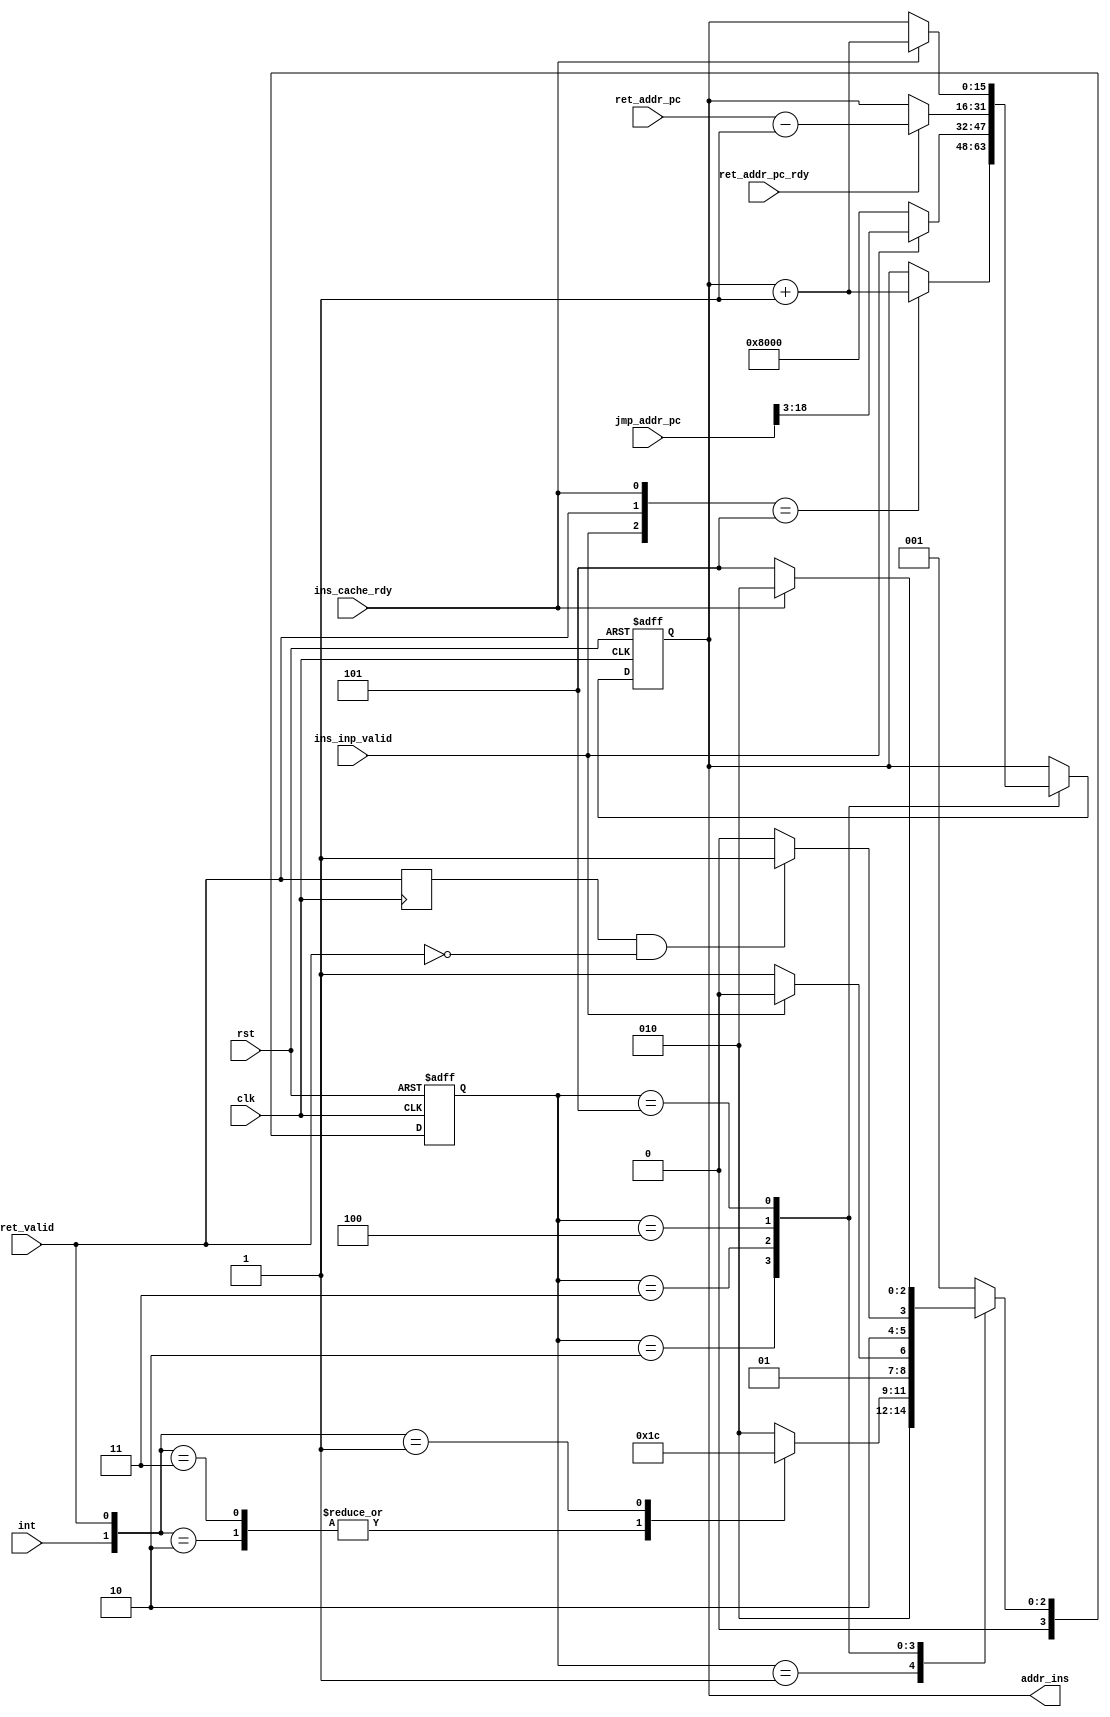
module program_counter
#(
    parameter ADDR_WIDTH_MEM    = 16,
    parameter ISA_DEPTH         = 64,
    parameter TOTAL_ISA_DEPTH   = 128,
    parameter DDR_ADDR_WIDTH    = 28
)
(
    /* the interface of system signal */
    input wire                              clk,
    input wire                              rst,
    input wire                              int,

    /* the interface of AP_ctrl */
    input wire                              ret_valid,
    input wire                              ins_inp_valid,
    input wire [ADDR_WIDTH_MEM - 1 : 0]     ret_addr_pc,
    input wire                              ret_addr_pc_rdy,
    (* DONT_TOUCH = "1" *)input wire [DDR_ADDR_WIDTH - 1 : 0]     jmp_addr_pc,

    /* the interface of instruction cache */
    output reg [ADDR_WIDTH_MEM - 1 : 0]     addr_ins,
    input wire                              ins_cache_rdy
);

localparam                              START           = 4'd1;
localparam                              CNT_ADDR        = 4'd2;
localparam                              LOAD_JMP_ADDR   = 4'd3;
localparam                              LOAD_RET_ADDR   = 4'd4;
localparam                              LOAD_RET_END    = 4'd5;

reg [3 : 0]                             st_next;
reg [3 : 0]                             st_cur;

reg                                     tmp_ret_valid;
wire                                    ret_finish;
wire [ADDR_WIDTH_MEM - 1 : 0]           jmp_addr_pc_short;

assign jmp_addr_pc_short = jmp_addr_pc [ADDR_WIDTH_MEM - 1 : 0];

always @(posedge clk)
begin
    tmp_ret_valid <= ret_valid;
end

assign ret_finish = tmp_ret_valid & ~ret_valid;
/* ALU */
wire [ADDR_WIDTH_MEM - 1 : 0]           arith_1;
wire [ADDR_WIDTH_MEM - 1 : 0]           arith_2;
wire [ADDR_WIDTH_MEM - 1 : 0]           arith_3;
wire [ADDR_WIDTH_MEM - 1 : 0]           arith_4;

assign arith_1 = addr_ins + 1;
assign arith_2 = jmp_addr_pc >> 3;
assign arith_3 = {{1'b1}, {{ADDR_WIDTH_MEM - 1}{1'b0}}};
assign arith_4 = ret_addr_pc - 1;

/* state machine */
always @(posedge clk or negedge rst) begin
    if (!rst) begin
        st_cur <= START;
    end
    else begin
        st_cur <= st_next;
    end    
end

always @(*) begin
    case (st_cur)
        START: begin
            st_next = CNT_ADDR;
        end
        CNT_ADDR: begin
            case ({int, ret_valid})
                2'b10: st_next = LOAD_JMP_ADDR;
                2'b11: st_next = LOAD_JMP_ADDR;
                2'b01: st_next = LOAD_RET_ADDR;
                default: st_next = CNT_ADDR;
            endcase
        end
        LOAD_JMP_ADDR: begin
            case (ins_inp_valid)
                1'b1: st_next = CNT_ADDR;
                default: st_next = LOAD_JMP_ADDR;
            endcase
        end
        LOAD_RET_ADDR: begin
            case (ret_finish)
                1'b1: st_next = LOAD_RET_END;
                default: st_next = LOAD_RET_ADDR;
            endcase
        end
        LOAD_RET_END: begin
            case (ins_cache_rdy)
                1'b1: st_next = CNT_ADDR;
                default: st_next = LOAD_RET_END;
            endcase
        end
        default: st_next = START;
    endcase
end
    
    
always @(posedge clk or negedge rst) begin
    if (!rst) begin
        addr_ins <= 0;
    end
    else begin
        case (st_cur)
            CNT_ADDR: begin
                case ({ins_inp_valid, ret_valid, ins_cache_rdy})
                    3'b101: addr_ins <= arith_1;
                    default: ;
                endcase
            end
            LOAD_JMP_ADDR: begin
                case (ins_inp_valid)
                    1'b1: addr_ins <= arith_2;
                    default: addr_ins <= arith_3;
                endcase
            end
            LOAD_RET_ADDR: begin
                case (ret_addr_pc_rdy)
                    1'b1: addr_ins <= arith_4;
                    default: ;
                endcase
            end
            LOAD_RET_END: begin
                case (ins_cache_rdy)
                    1'b1: addr_ins <= arith_1;
                    default: ;
                endcase
            end 
            default:;
        endcase
    end
end
endmodule